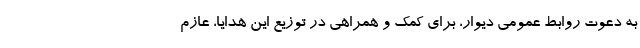
به دعوت روابط عمومی دیوار، برای کمک و همراهی در توزیع این هدایا، عازم